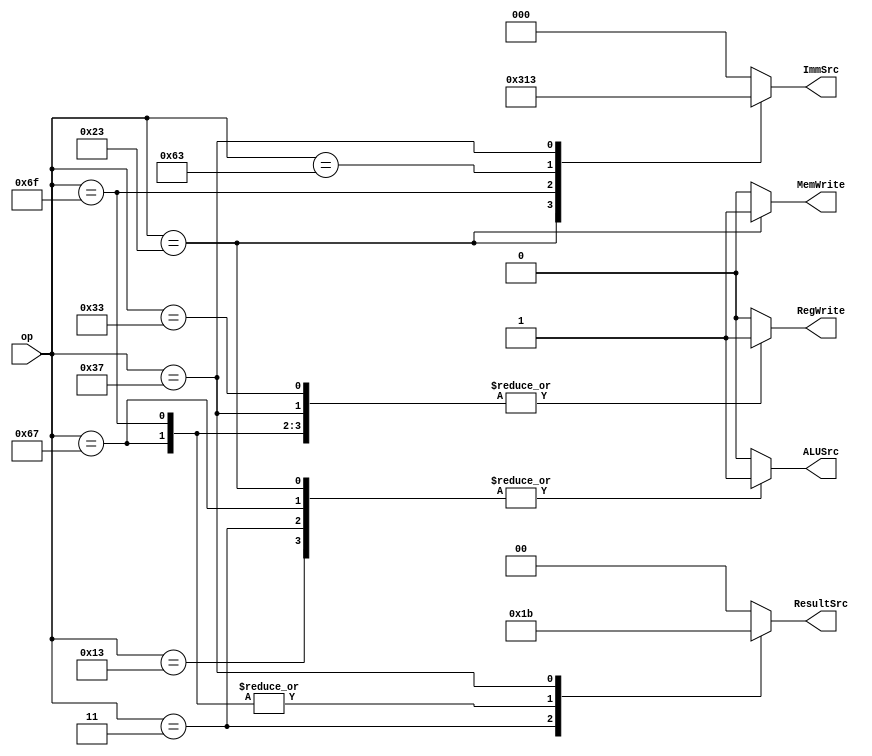
`define R_T 7'b0110011
`define I_T 7'b0010011
`define LW_T 7'b0000011
`define JALR_T 7'b1100111
`define S_T 7'b0100011
`define B_T 7'b1100011
`define J_T 7'b1101111
`define U_T 7'b0110111

module main_decoder (op, ResultSrc, MemWrite, ALUSrc, ImmSrc, RegWrite);

	input [6:0] op;
	output reg [1:0] ResultSrc;
	output reg MemWrite, ALUSrc, RegWrite;
	output reg [2:0] ImmSrc;

	always @(op) begin
		{ResultSrc, MemWrite, ALUSrc, ImmSrc, RegWrite} = 11'b0;
		case (op)
			`R_T: RegWrite = 1'b1;
			`I_T: begin
				RegWrite = 1'b1;
				ALUSrc = 1'b1;
			end
			`LW_T: begin
				ResultSrc = 2'b01;
				ALUSrc = 1'b1;
				RegWrite = 1'b1;
			end
			`JALR_T: begin
				ResultSrc = 2'b10;
				ALUSrc = 1'b1;
				RegWrite = 1'b1;
			end
			`S_T: begin
				MemWrite = 1'b1;
				ALUSrc = 1'b1;
				ImmSrc = 3'b001;
				RegWrite = 1'b0;
			end
			`J_T: begin
				ResultSrc = 2'b10;
				ImmSrc = 3'b100;
				RegWrite = 1'b1;
			end
			`B_T: ImmSrc = 3'b010;
			`U_T: begin
				ResultSrc = 2'b11;
				ImmSrc = 3'b011;
				RegWrite = 1'b1;
			end
		endcase
	end
	
endmodule